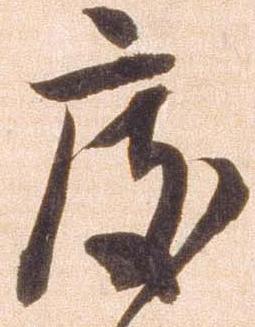
度